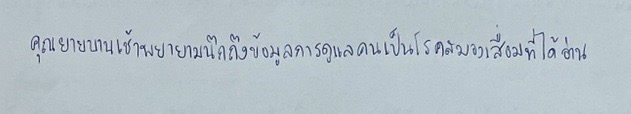
คุณยายบานเช้าพยายามนึกถึงข้อมูลการดูแลคนเป็นโรคสมองเสื่อมที่ได้อ่าน